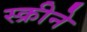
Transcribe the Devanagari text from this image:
स्क्रीने